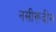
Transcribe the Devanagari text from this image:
नसीरूदीन